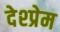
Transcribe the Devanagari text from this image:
देश्प्रेम